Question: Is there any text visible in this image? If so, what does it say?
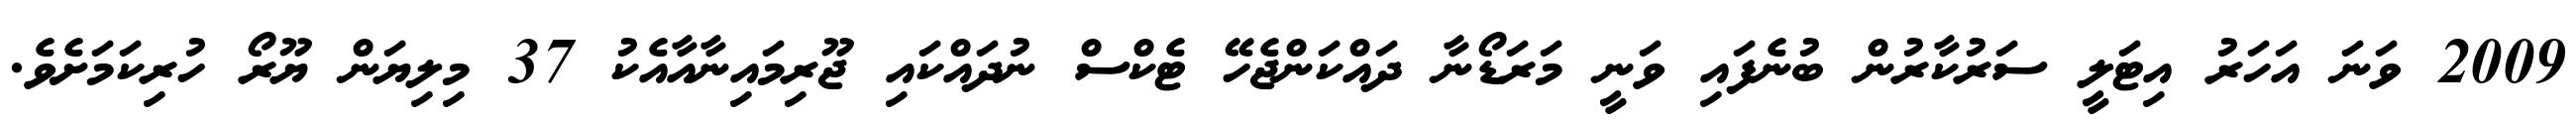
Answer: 2009 ވަނަ އަހަރު އިޓަލީ ސަރުކާރުން ބުނެފައި ވަނީ މަރަޑޯނާ ދައްކަންޖެހޭ ޓެކްސް ނުދައްކައި ޖޫރިމައިނާއާއެކު 37 މިލިޔަން ޔޫރޯ ހުރިކަމަށެވެ.